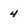
Character: 4